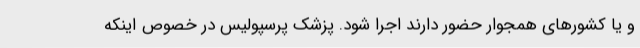
و یا کشورهای همجوار حضور دارند اجرا شود. پزشک پرسپولیس در خصوص اینکه